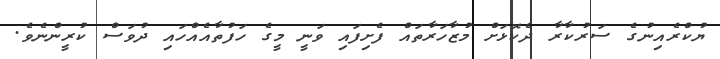
ޔުކްރެއިނުގެ ސަރުކާރާ ދެކޮޅަށް މުޒާހަރާތައް ފެށިފައި ވަނީ މީގެ ހަފުތާއެއްހައި ދުވަސް ކުރީންނެވެ.